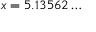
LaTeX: x = 5 . 1 3 5 6 2 \dots